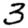
Digit: 3